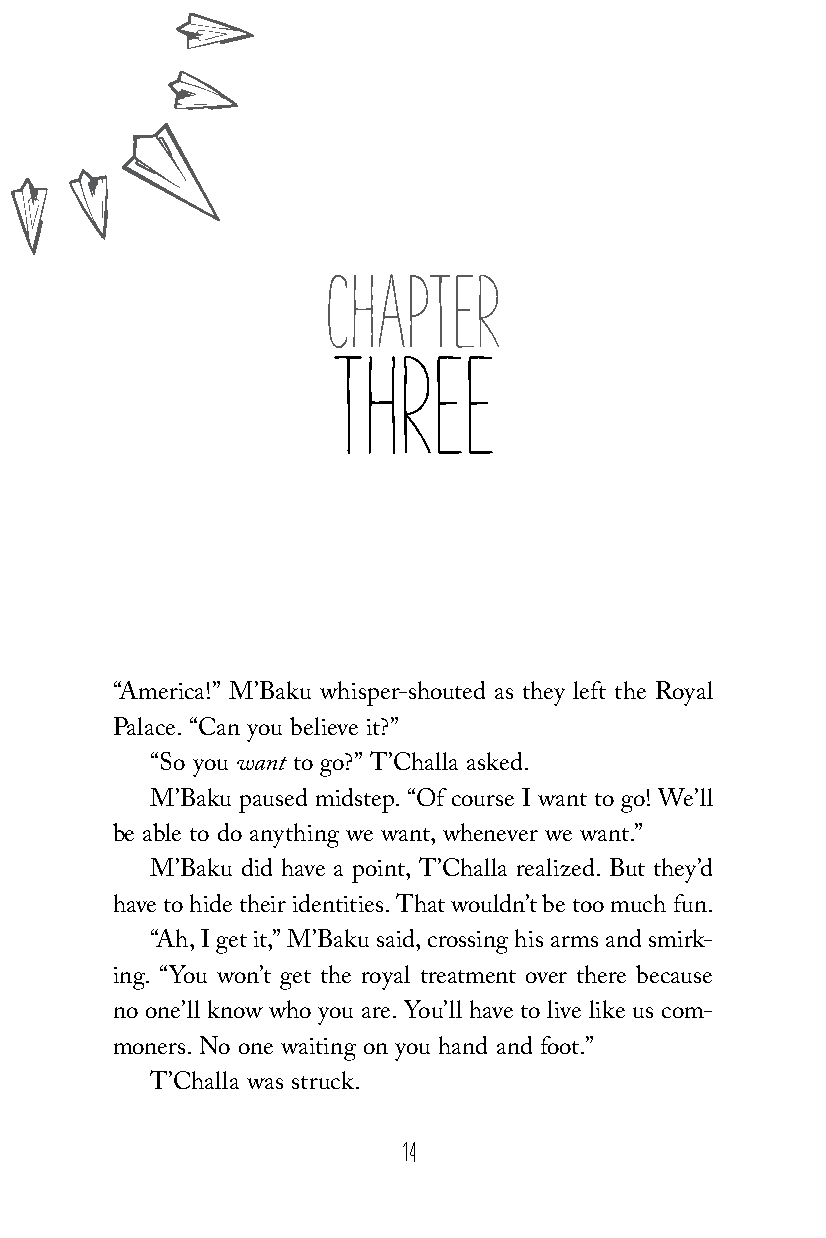
CHAPTER
 THREE
 “America!” M’Baku whisper-shouted as they left the Royal
 Palace. “Can you believe it?”
 “So you want to go?” T’Challa asked.
 M’Baku paused midstep. “Of course I want to go! We’ll
 be able to do anything we want, whenever we want.”
 M’Baku did have a point, T’Challa realized. But they’d
 have to hide their identities. That wouldn’t be too much fun.
 “Ah, I get it,” M’Baku said, crossing his arms and smirk-
 ing. “You won’t get the royal treatment over there because
 no one’ll know who you are. You’ll have to live like us com-
 moners. No one waiting on you hand and foot.”
 T’Challa was struck.
 14